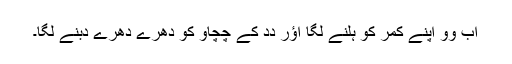
اَب وو اَپنے کمر کو ہِلنے لگا اؤر دِدِ کے چُچِاو کو دھِرے دھِرے دبنے لگا۔